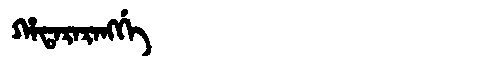
Manchu: ᡥᠠᡨᠠᡵᠠᡵᠠᠩᡤᡝ
Romanization: HATARARANGGE